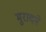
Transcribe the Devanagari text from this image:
मुरादने